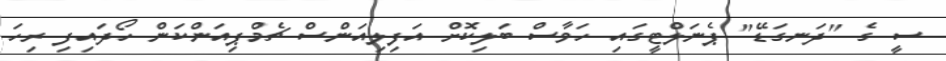
ސީ ގެ "ދަނގަޑޭ" ޕެނަލްޓީގައި ހަވާސް ބަލިކޮށް އަފިލިއަންސް ޗެމްޕިއަންކަން ހޯދައިފި ރިހަ